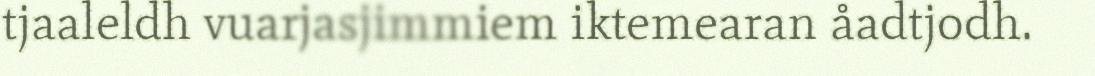
tjaaleldh vuarjasjimmiem iktemearan åadtjodh.